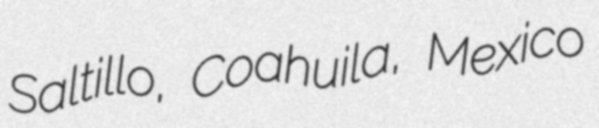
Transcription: Saltillo, Coahuila, Mexico